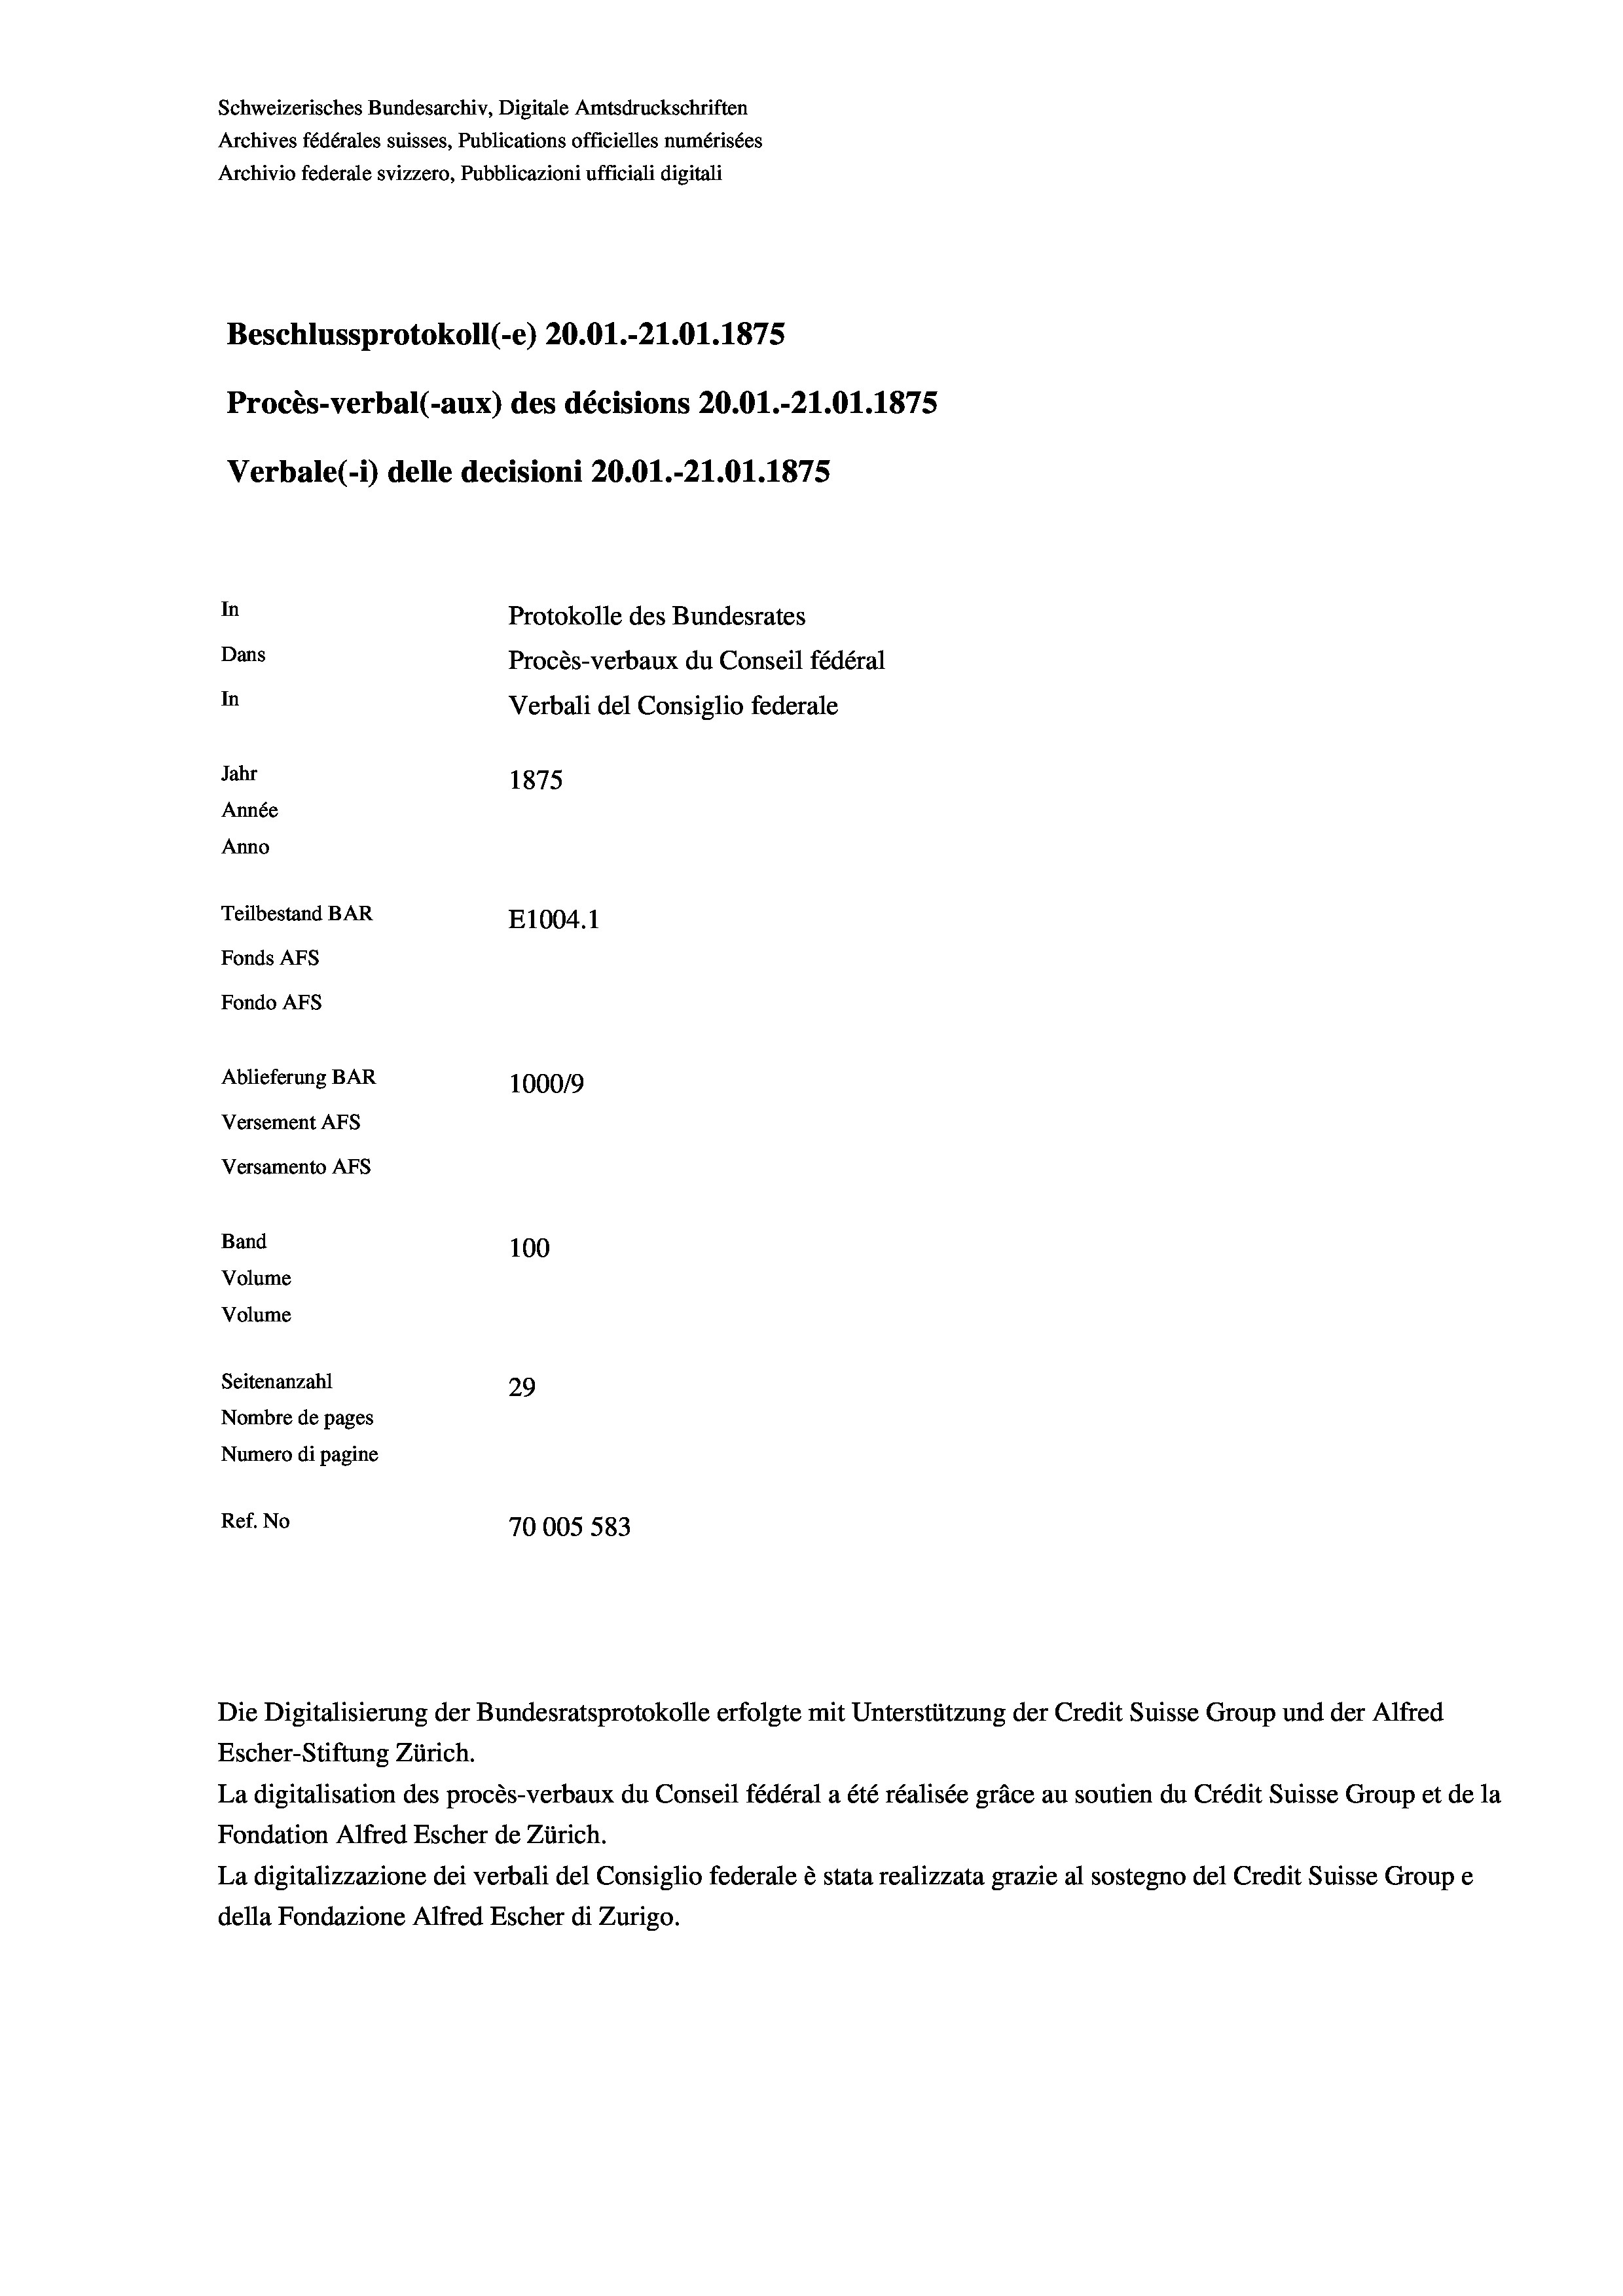
Schweizerisches Bundesarchiv, Digitale Amtsdruckschriften
Archives fédérales suisses, Publications officielles numérisées
Archivio federale svizzero, Pubblicazioni ufficiali digitali
Beschlussprotokoll (-e) 20.01.-21.01.1875
Procès-verbal (-aux) des décisions 20.01.-21.01.1875
Verbale(*) delle decisioni 20.01.-21.01.1875
In
Protokolle des Bundesrates
Dans
Procès-verbaux du Conseil fédéral
In
Verbali del Consiglio federale
Jahr
1875
Année
Anno
Teilbestand BAR
E1004. 1
Fonds AFs
Fondo Afs
Ablieferung BAR
100019
Versement AFs
Versamento Afs
Band
100
Volume
Volume

Seitenanzahl
29
Nombre de pages
Numero di pagine
Ref. No
70005 583

Die Digitalisierung der Bundesratsprotokolle erfolgte mit Unterstützung der Credit Suisse Group und der Alfred
Escher-Stiftung Zürich.
La digitalisation des procès-verbaux du Conseil fédéral a été réalisée gräce au soutien du Crédit Suisse Group et de la
Fondation Alfred Escher de Zürich.
La digitalizzazione dei verbali del Consiglio federale è stata realizzata grazie al sostegno del Credit Suisse Groupe
della Fondazione Alfred Escher di Zurigo.